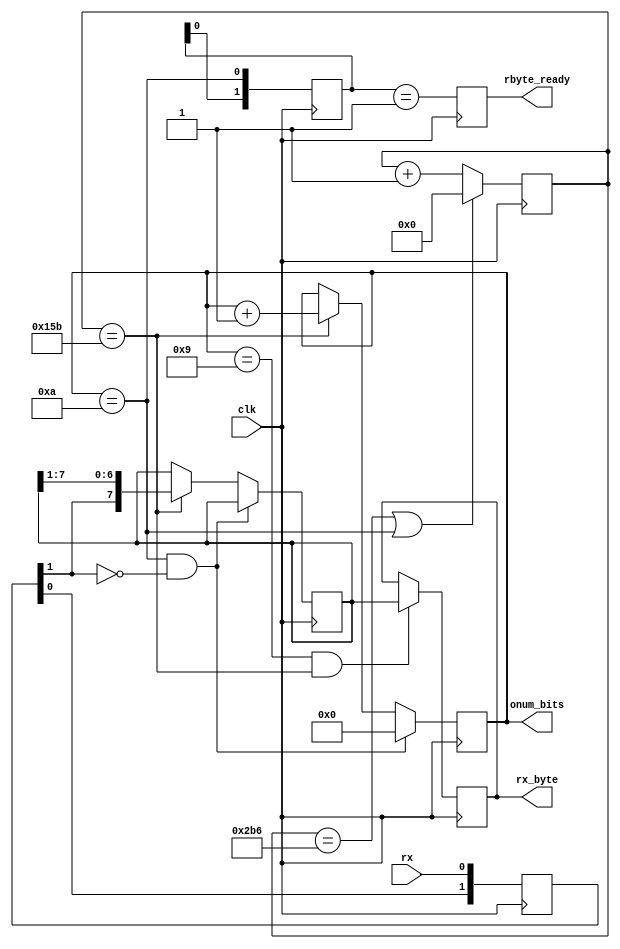
  
module serial(
	input wire clk, //80MHz or 100MHz, but set RCONST param properly for baudrate
	input wire rx,
	output reg [7:0]rx_byte,
	output reg rbyte_ready,
	output wire [3:0]onum_bits
	);

parameter RCONST = 694; // 80000000Hz / 115200bps = 694
//parameter RCONST = 868; // 100000000Hz / 115200bps = 868

reg [1:0]shr;
always @(posedge clk)
	shr <= {shr[0],rx};
wire rxf; assign rxf = shr[1];

reg [15:0]cnt = 0;
reg [3:0]num_bits = 10;
assign onum_bits = num_bits;
wire num_bits10; assign num_bits10 = (num_bits==10);

always @( posedge clk )
begin
	if(cnt == RCONST || num_bits10)
		cnt <= 0;
	else
		cnt <= cnt + 1'b1;
end

reg [7:0]shift_reg = 0;
wire middle; assign middle = (cnt == RCONST/2);

always @( posedge clk )
begin
	if(num_bits10 && rxf==1'b0)
		num_bits <= 0;
	else
	if(middle)
	begin
		num_bits <= num_bits + 1'b1;
		shift_reg <= {rxf,shift_reg[7:1]};
	end
end

always @( posedge clk )
	if(num_bits==9 && middle)
		rx_byte <= shift_reg[7:0];

reg [1:0]flag = 0;
always @(posedge clk )
	flag <= {flag[0],num_bits10};

always @( posedge clk )
	rbyte_ready <= (flag==2'b01);
	
endmodule